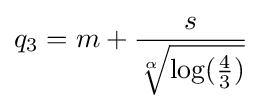
q_{3}=m+{\frac {s}{\sqrt[{\alpha }]{\log({\frac {4}{3}})}}}